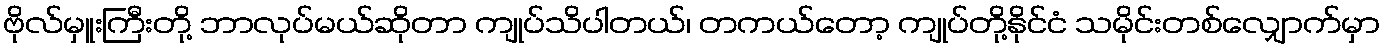
ဗိုလ်မှူးကြီးတို့ ဘာလုပ်မယ်ဆိုတာ ကျုပ်သိပါတယ်၊ တကယ်တော့ ကျုပ်တို့နိုင်ငံ သမိုင်းတစ်လျှောက်မှာ